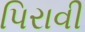
પિરાવી